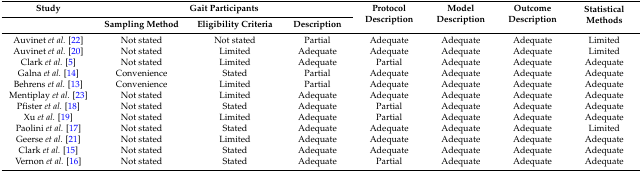
| Study | <COLSPAN=3> Gait Participants | <ROWSPAN=2> Protocol Description | <ROWSPAN=2> Model Description | <ROWSPAN=2> Outcome Description | <ROWSPAN=2> Statistical Methods |
 |  | Sampling Method | Eligibility Criteria | Description |
 | --- | --- | --- | --- | --- | --- | --- | --- |
 | Auvinet et al. [22] | Not stated | Not stated | Partial | Adequate | Adequate | Adequate | Limited |
 | Auvinet et al. [20] | Not stated | Limited | Adequate | Adequate | Adequate | Adequate | Limited |
 | Clark et al. [5] | Not stated | Limited | Adequate | Partial | Adequate | Adequate | Adequate |
 | Galna et al. [14] | Convenience | Stated | Partial | Adequate | Adequate | Adequate | Adequate |
 | Behrens et al. [13] | Convenience | Limited | Partial | Adequate | Adequate | Adequate | Adequate |
 | Mentiplay et al. [23] | Not stated | Limited | Adequate | Adequate | Adequate | Adequate | Adequate |
 | Pfister et al. [18] | Not stated | Stated | Adequate | Partial | Adequate | Adequate | Adequate |
 | Xu et al. [19] | Not stated | Limited | Adequate | Partial | Adequate | Adequate | Adequate |
 | Paolini et al. [17] | Not stated | Stated | Adequate | Adequate | Adequate | Adequate | Limited |
 | Geerse et al. [21] | Not stated | Limited | Adequate | Adequate | Adequate | Adequate | Adequate |
 | Clark et al. [15] | Not stated | Stated | Adequate | Adequate | Adequate | Adequate | Adequate |
 | Vernon et al. [16] | Not stated | Stated | Adequate | Partial | Adequate | Adequate | Adequate |